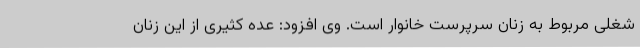
شغلی مربوط به زنان سرپرست خانوار است. وی افزود: عده کثیری از این زنان